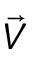
\Vec { V }